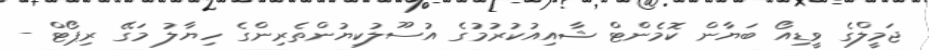
ޖަމީލްގެ ވީޑިއޯ ބަޔާން ކޮމެންޓް ޝާއިއުކުރުމުގެ އުސޫލުކިޔުންތެރިންގެ ހިޔާލު މަގޭ ރިޕޯޓް -